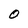
Character: O